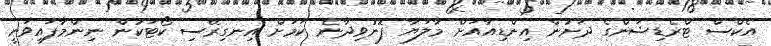
އެކްސް ޓްރެޑިޝަންގެ ދަށުން އިންޑިއާއަށް މާލަޔާ ފޮނުވިދާނެ ކަމަށް އިނގިރޭސި ކޯޓަކުން ނިންމާފައިވަނީ